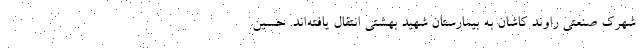
شهرک صنعتی راوند کاشان به بیمارستان شهید بهشتی انتقال یافته‌اند. حسین